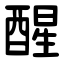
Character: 醒